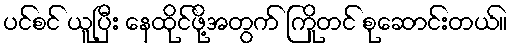
ပင်စင် ယူပြီး နေထိုင်ဖို့အတွက် ကြိုတင် စုဆောင်းတယ်။